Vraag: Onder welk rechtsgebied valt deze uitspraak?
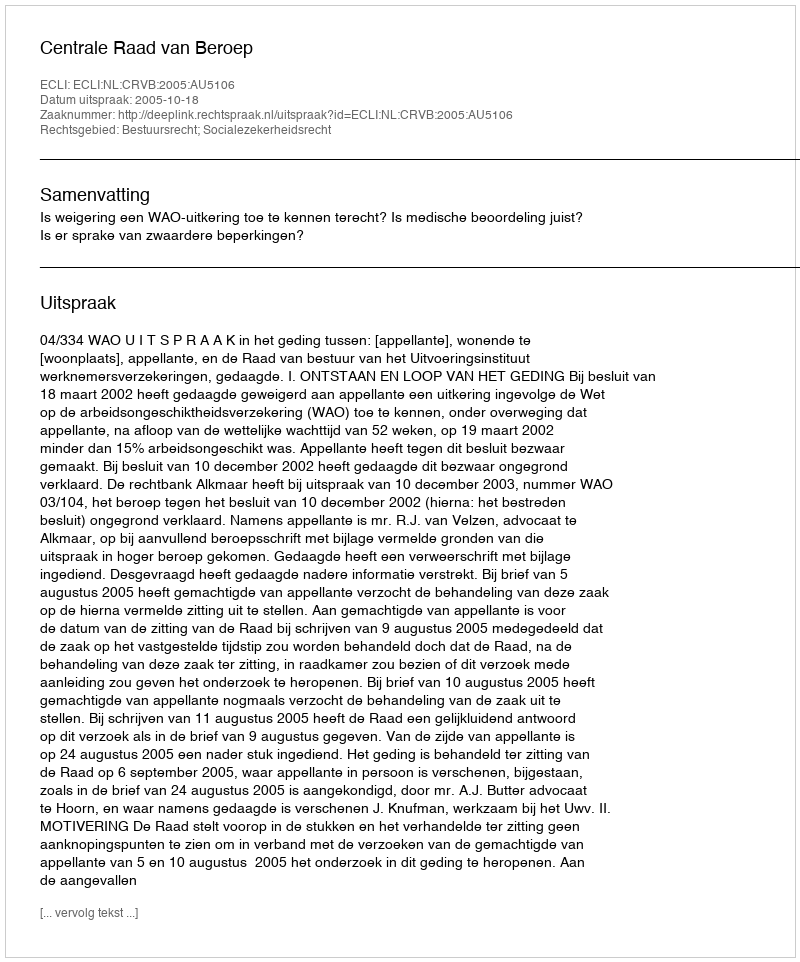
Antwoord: Bestuursrecht; Socialezekerheidsrecht